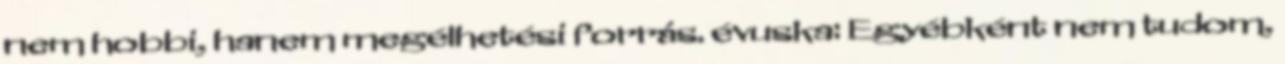
nem hobbi, hanem megélhetési forrás. évuska: Egyébként nem tudom,